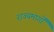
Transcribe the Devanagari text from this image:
राज्यमार्गों